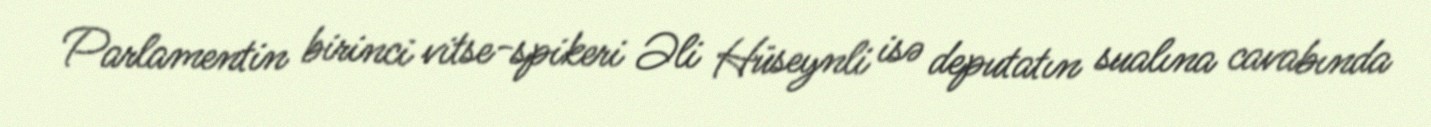
Parlamentin birinci vitse-spikeri Əli Hüseynli isə deputatın sualına cavabında